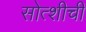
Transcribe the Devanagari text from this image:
सोत्शीची